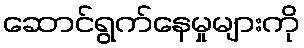
ဆောင်ရွက်နေမှုများကို